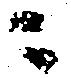
ニ